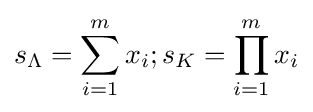
s_{\Lambda }=\sum _{i=1}^{m}x_{i};s_{K}=\prod _{i=1}^{m}x_{i}